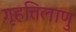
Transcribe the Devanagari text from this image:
गृहत्तिलाणु